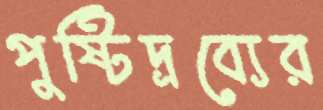
পুষ্টিদ্রব্যের